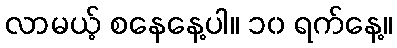
လာမယ့် စနေနေ့ပါ။ ၁၀ ရက်နေ့။